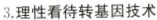
3.理性看待转基因技术